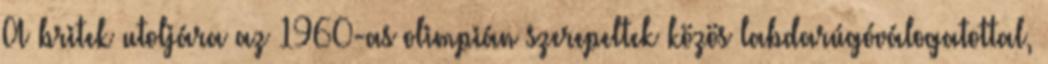
A britek utoljára az 1960-as olimpián szerepeltek közös labdarúgóválogatottal,